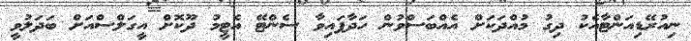
ނިއުރޭޑިއަންޓާއެކު ދިގު މުއްދަކަށް އެއްބަސްވުން ހަދާފައިވާ ސެންޓޭ އެޓީމު ދޫކޮށް އީގަލްސްއަށް ބަދަލުވީ